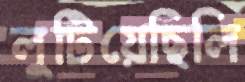
লুটিয়েছিলি